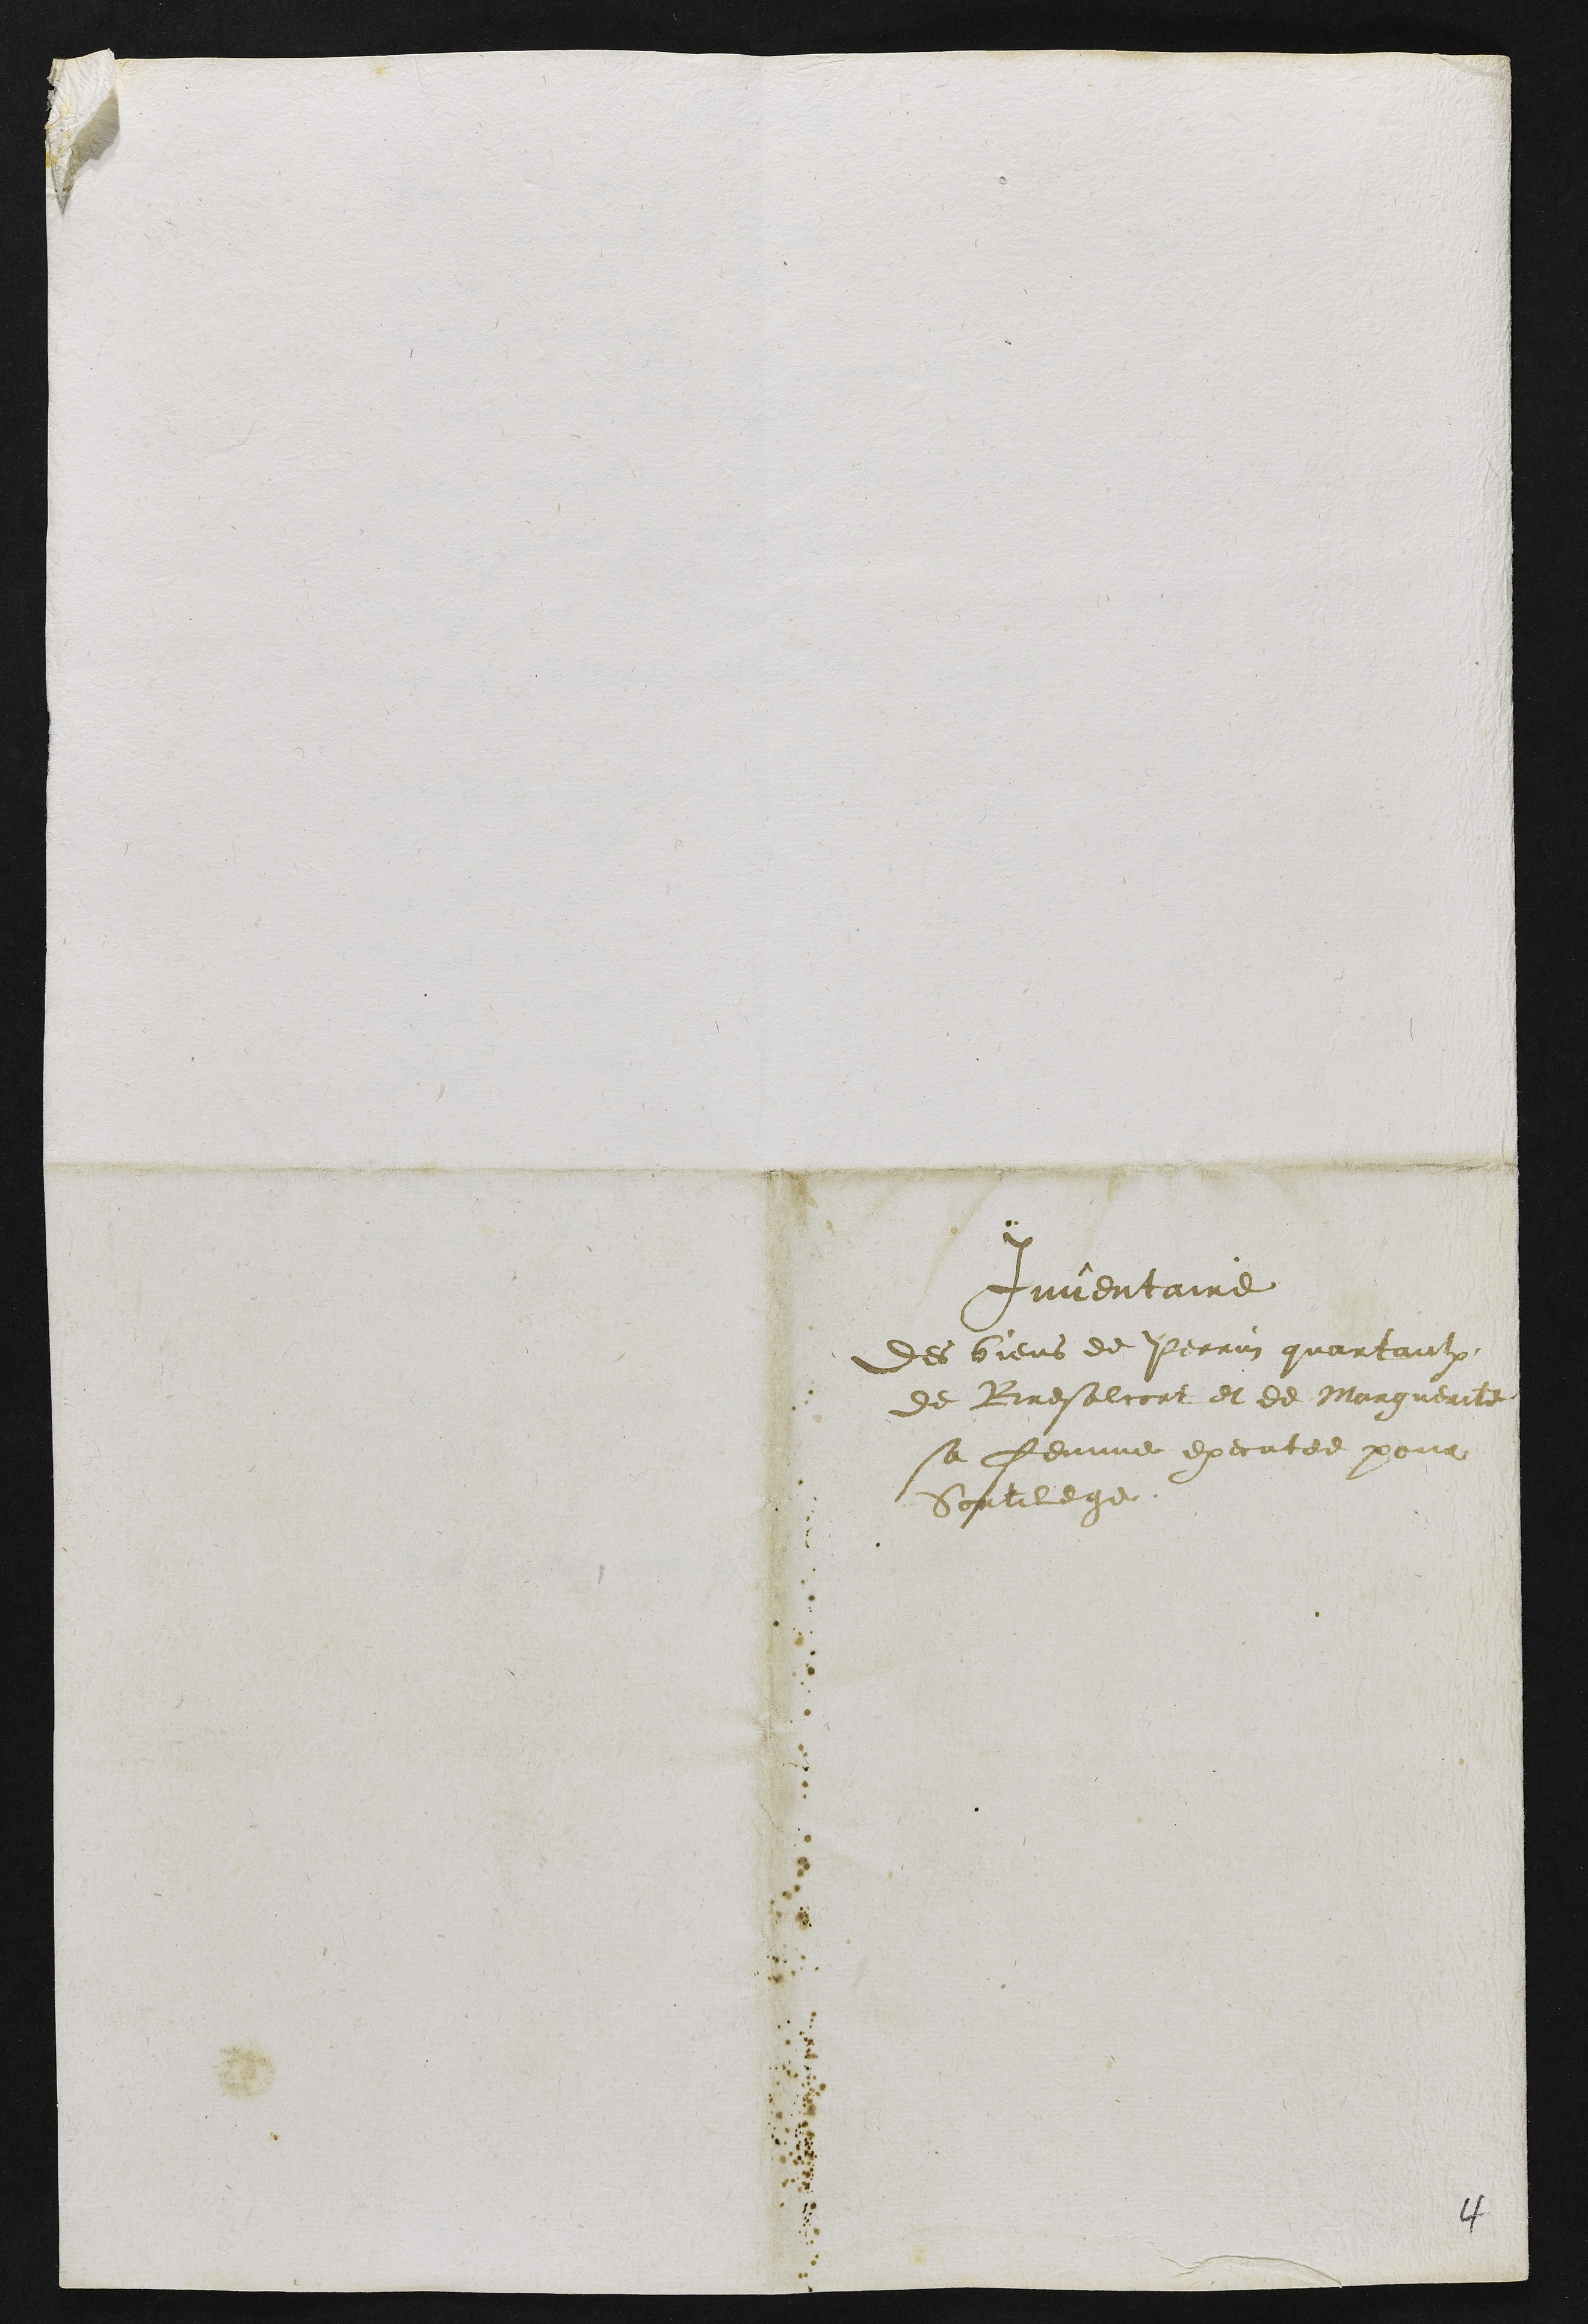
Inventaire
Des biens de Perrin guartaulx
de Bresalcort et de Marguerite
sa femme executee pour
Sortilege

4